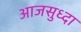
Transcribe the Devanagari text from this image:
आजसुध्दा